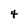
Character: 4